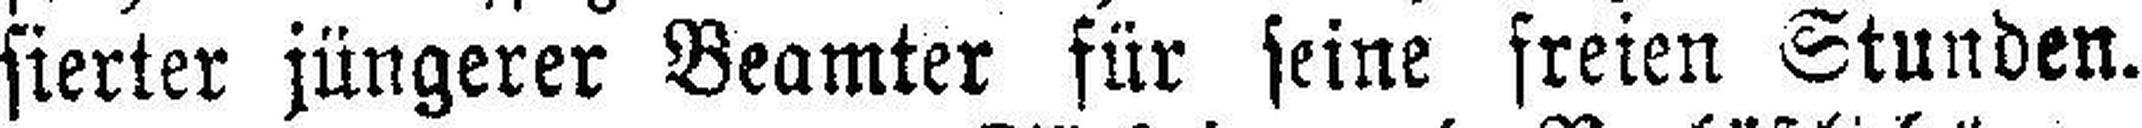
sierter jüngerer Beamter für seine freien Stunden.